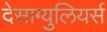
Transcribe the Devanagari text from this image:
देसाग्युलियर्स